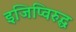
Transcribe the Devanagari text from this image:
इजिप्विरुद्ध